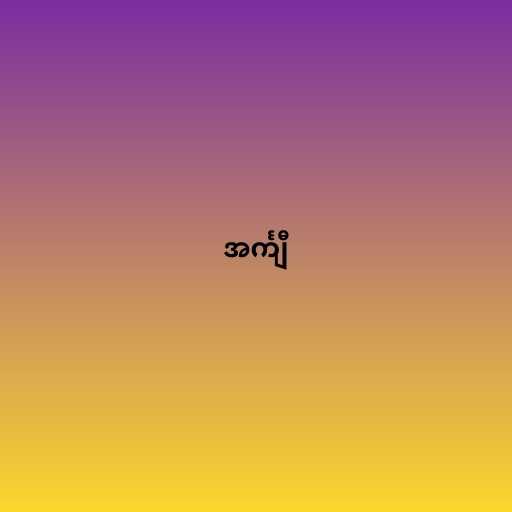
အင်္ကျီ